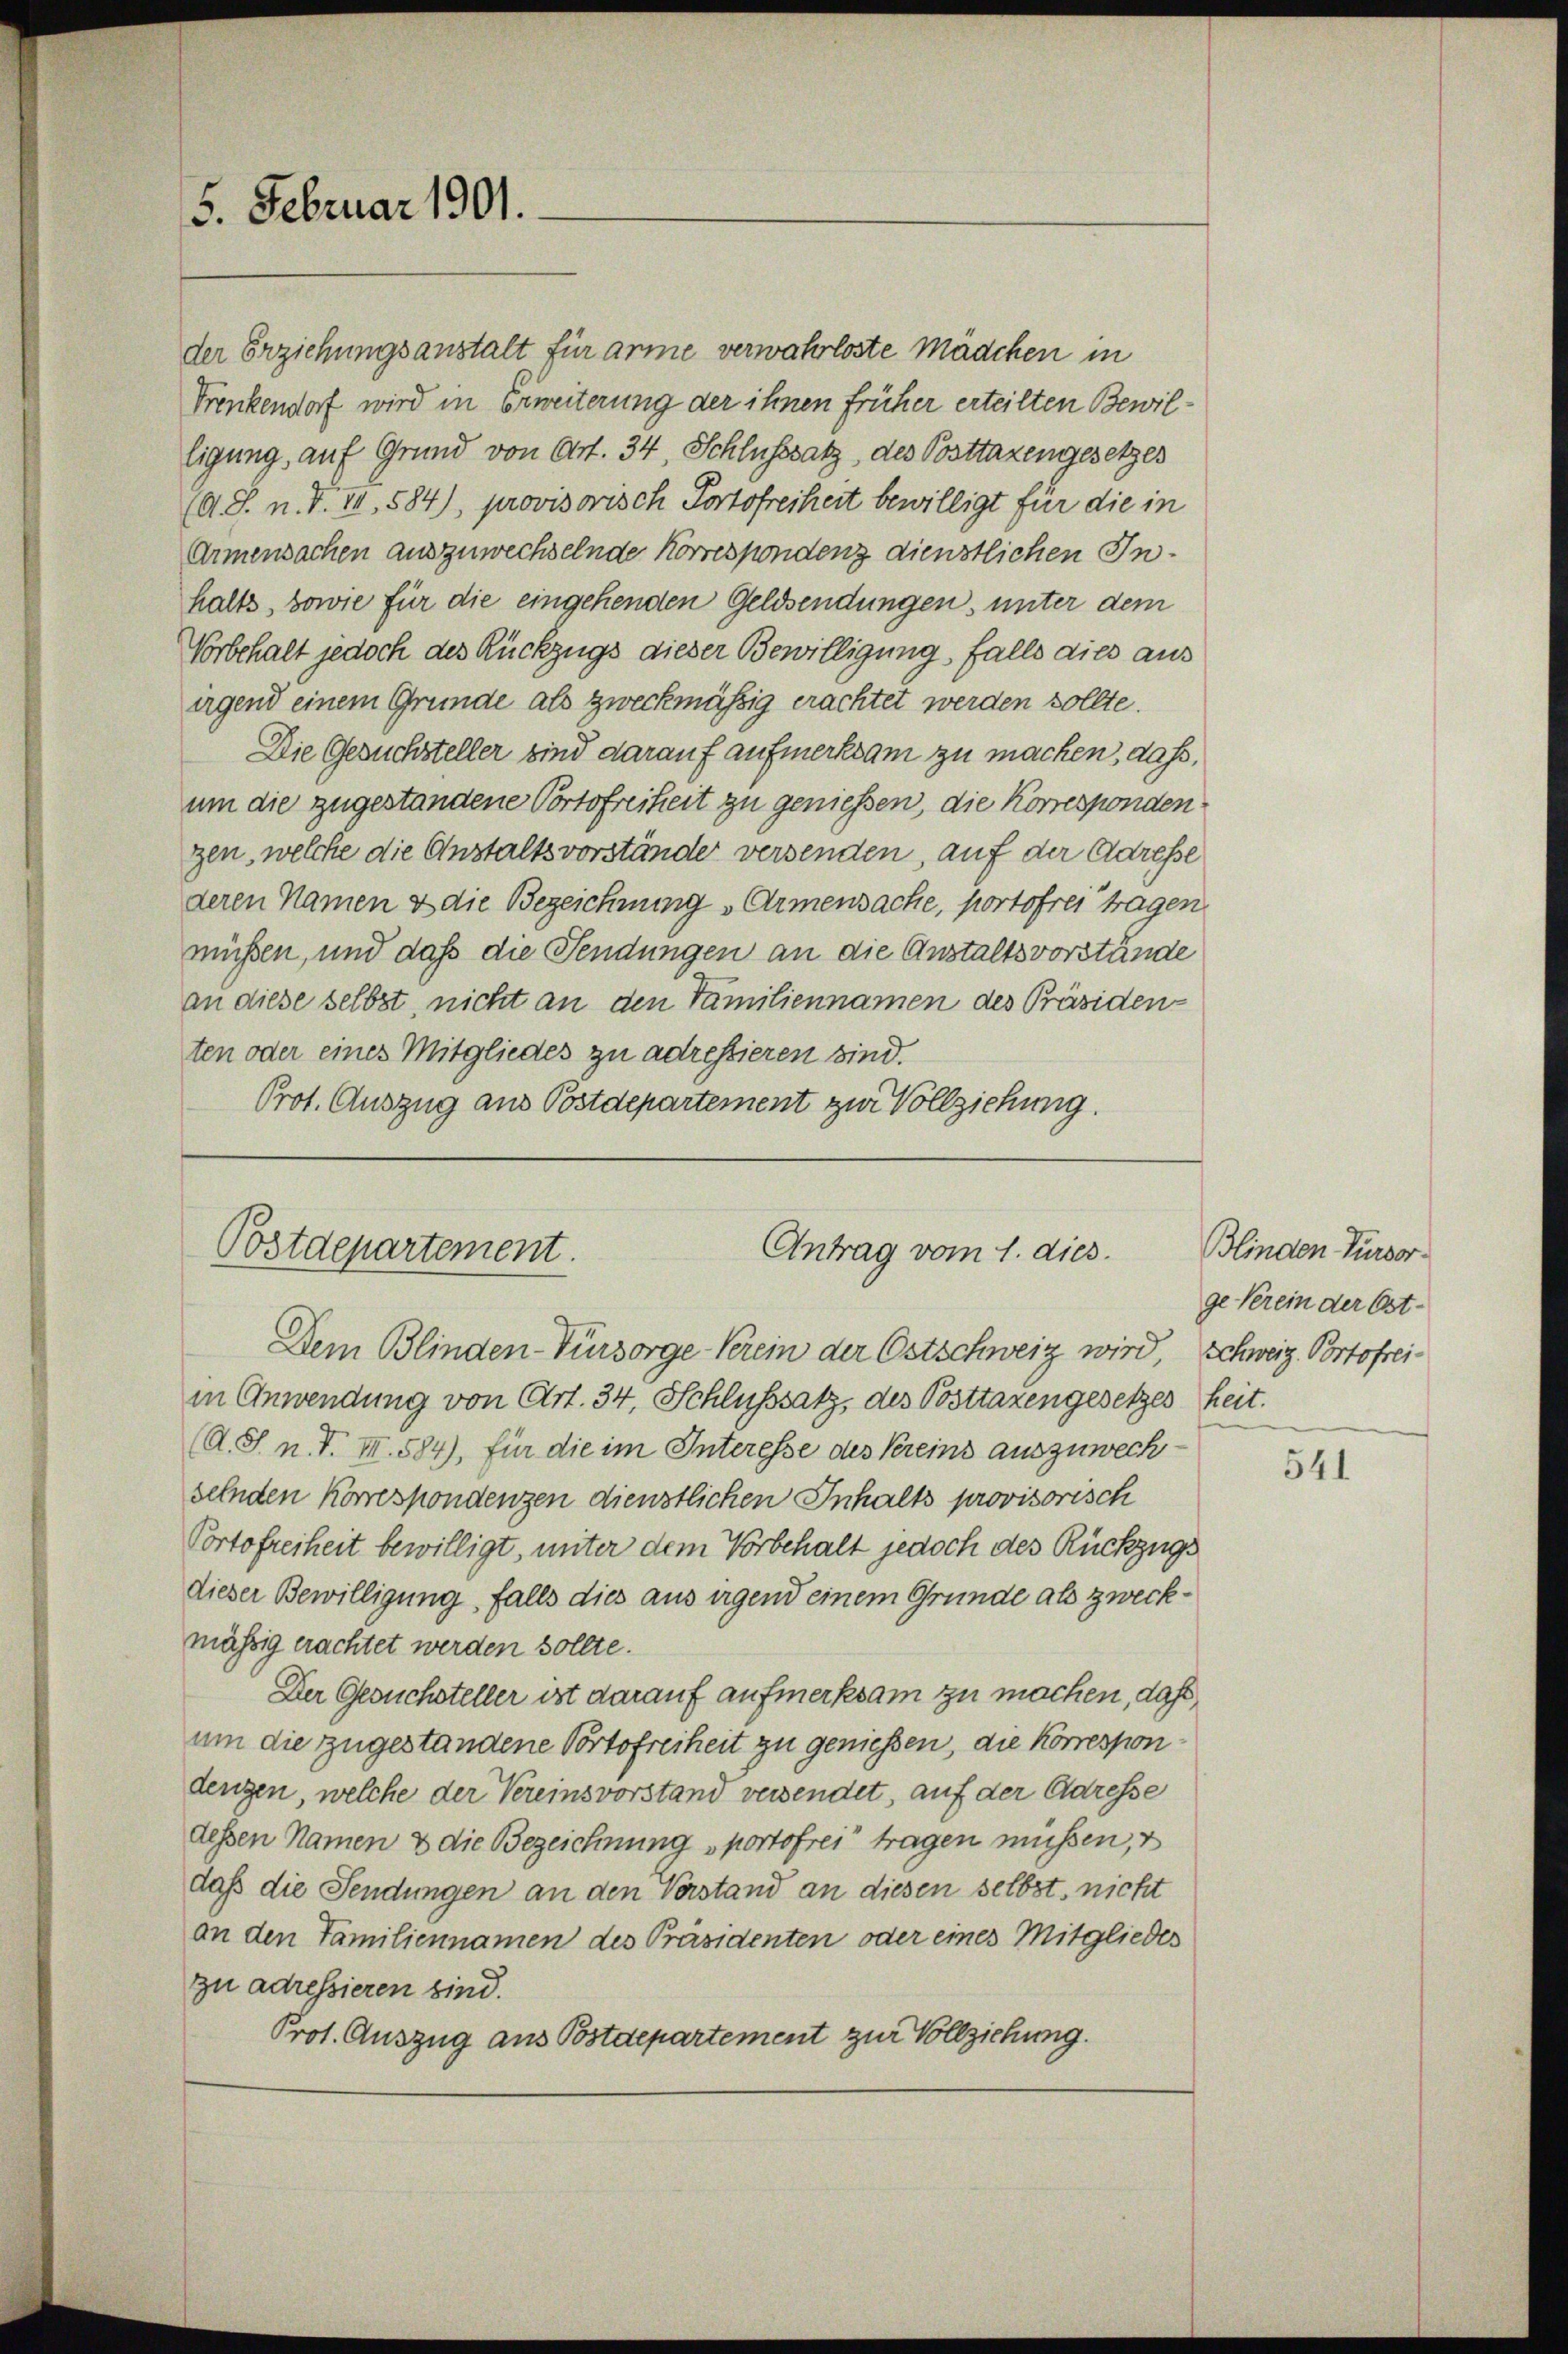
5. Februar 1901.

der Erziehungsanstalt für arme verwahrloste Mädchen in
Frenkendorf wird in Erweiterung der ihnen früher erteilten Bewilligung, auf Grund von Art. 34, Schlusssatz, des Posttaxengesetzes
(A. S. n. F. VII, 584), provisorisch Portofreiheit bewilligt für die in
Armensachen auszuwechselnde Korrespondenz dienstlichen Inhalts, sowie für die eingehenden Geldsendungen, unter dem
Vorbehalt jedoch des Rückzugs dieser Bewilligung, falls dies aus
irgend einem Gründe als zweckmäßig erachtet werden sollte.
Die Gesuchsteller sind darauf aufmerksam zu machen, dass,
um die zugestandene Portofreiheit zu geniessen, die Korresponden.
gen, welche die Anstaltsvorstände versenden, auf der Adresse
deren Namen & die Bezeichnung Armensache, portofrei tragen
müßen, und daß die Sendungen an die Anstaltsvorstände
an diese selbst, nicht an den Familiennamen des Präsiden-
ten oder eines Mitgliedes zu adressieren sind.
Prot. Auszug aus Postdepartement zur Vollziehung.

Postdepartement.
Antrag vom 1. dies
Dem Blinden-Fürsorge Verein der Ostschweiz wird, Schweiz. Portofrei¬

in Anwendung von Art. 34, Schlusssatz, des Posttaxengesetzes heit.
(A. S. n. F. III. 584), für die im Interesse des Vereins auszuweck
selnden Korrespondenzen dienstlichen Inhalts provisorisch
Portofreiheit bewilligt, unter dem Vorbehalt jedoch des Rückzugs
dieser Bewilligung, falls dies aus irgend einem Gründe als zweckmässig erachtet werden sollte.
Der Gesuchsteller ist darauf aufmerksam zu machen, daß
um die zugestandene Portofreiheit zu geniessen, die Korrespon
dengen, welche der Vereinsvorstand versendet, auf der Adresse
dessen Namen & die Bezeichnung sportofrei tragen müssen, d
daß die Sendungen an den Verstand an diesen selbst, nicht
an den Familiennamen des Präsidenten oder eines Mitgliedes
zu adressieren sind.
Prot. Auszug aus Bostdepartement zur Vollziehung.

Blinden Fürsorge Verein der Ost-

541